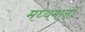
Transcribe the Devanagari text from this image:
मध्यमानों